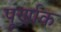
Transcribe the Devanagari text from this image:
पूर्णाक